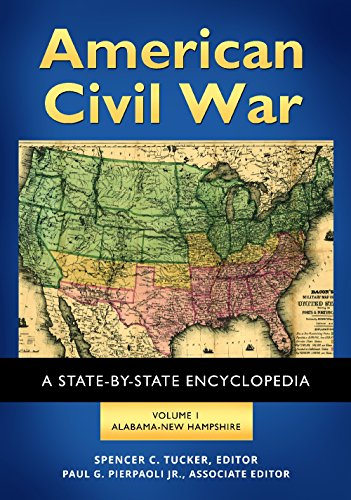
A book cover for American Civil War [2 volumes]: A State-by-State Encyclopedia; Spencer C. Tucker; Reference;